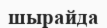
шырайда